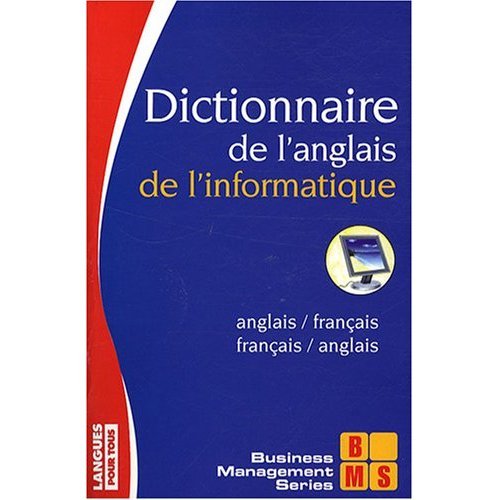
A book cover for Dictionnaire francais-anglais et anglais-francais de l'informatique : French to English and English to French Dictionary of Data Processing Terms (French Edition); Jacques Hildebert; Reference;